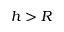
h > R